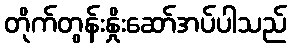
တိုက်တွန်းနှိုးဆော်အပ်ပါသည်